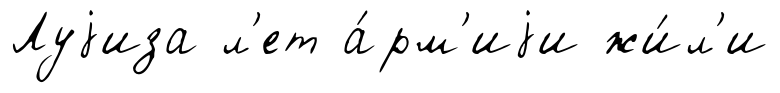
Луjиза л'ет а́рм'иjи жи́л'и